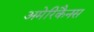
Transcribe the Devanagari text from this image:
अमेरिकैनस